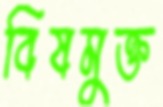
বিষমুক্ত